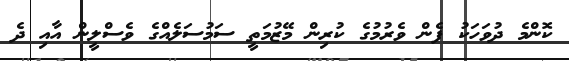
ކޮންމެ ދުވަހަކު ފެން ވެރުމުގެ ކުރިން މޭޒުމަތީ ސަމުސަލެއްގެ ވެސްލީން އާއި ދެ